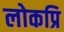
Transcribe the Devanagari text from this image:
लोकप्रि